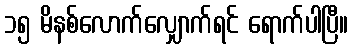
၁၅ မိနစ်လောက်လျှောက်ရင် ရောက်ပါပြီ။